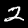
Label: 2